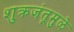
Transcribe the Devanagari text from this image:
शुक्रजंतूमुळे